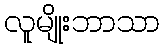
လူမျိုးဘာသာ